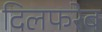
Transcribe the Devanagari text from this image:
दिलफरेब